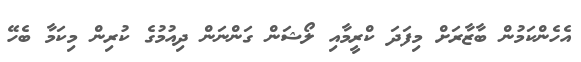
އެހެންކަމުން ބާޒާރަށް މިފަދަ ކްރީމާއި ލޯޝަން ގަންނަން ދިއުމުގެ ކުރިން މިކަމާ ބެހޭ